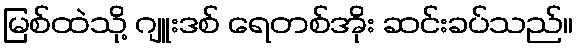
မြစ်ထဲသို့ ဂျူးဒစ် ရေတစ်အိုး ဆင်းခပ်သည်။